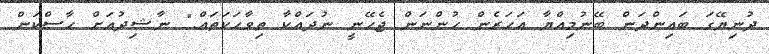
ދުނިޔޭގަ ބައިންދަން ބޭނުމިއްޔާ އަހަރެން ހުންނަން ޖެހޭނީ ނުދައްކާ ތިވާހަކަތައް." ނާޝިދުއަށް ހާސްކަން